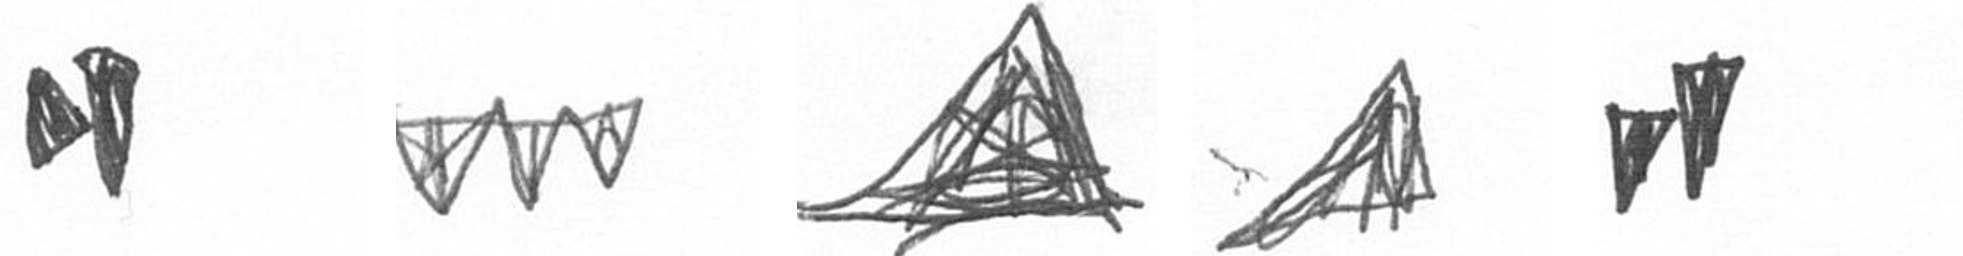
M L O O M